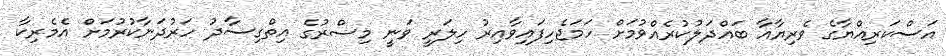
އަސްކަރިއްޔާގެ ވެރިޔާއާ ބައްދަލުކުރެއްވުމަށް ހަމަޖެހިފައިވާއިރު ހިލަރީ ވަނީ މިސްރުގެ އިތްގިސާދު ހަރުދަނާކުރުމަށް އެމެރިކާ